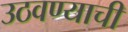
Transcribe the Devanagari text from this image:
उठवण्याची